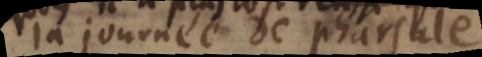
la journée de Pharsale,